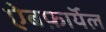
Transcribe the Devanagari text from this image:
ऐबर्फ़ाॅयल